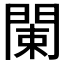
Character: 𨴨